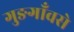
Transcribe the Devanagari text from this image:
गुङगाँवसे